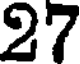
27